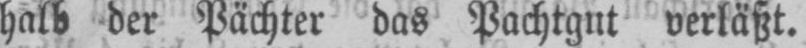
halb der Pächter das Pachtgut verläßt.